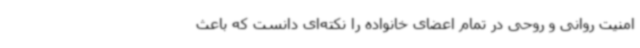
امنیت روانی و روحی در تمام اعضای خانواده را نکته‌ای دانست که باعث